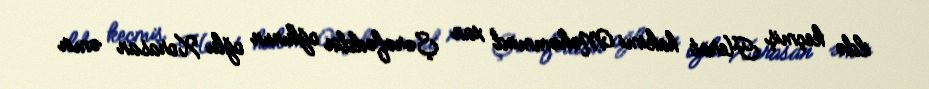
ildə keçmiş Herat hakimi Məhəmməd xan Şərəfəddin oğlunun oğlu Xorasan əmir